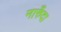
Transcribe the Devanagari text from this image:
नारुँदा